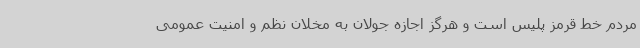
مردم خط قرمز پلیس است و هرگز اجازه جولان به مخلان نظم و امنیت عمومی